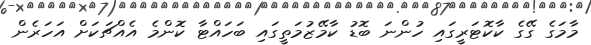
މާމަގެ ގޭގެ ކާކޮޓަރީގައި ހުންނަ ބޮޑު ކާމޭޒުމަތީގައި ބަހައްޓާ ކޮންމެ އެއްޗަކަށް އަހަރެން